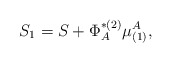
\begin{align*}S_1=S+\Phi _A^{*(2)}\mu _{(1)}^A,\end{align*}